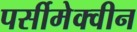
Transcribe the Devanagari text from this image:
पर्सीमेक्वीन